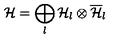
{ \cal H } = \bigoplus _ { l } { \cal H } _ { l } \otimes \overline { { \cal H } } _ { l }